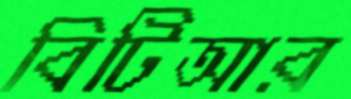
বিটিআর